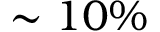
\sim 1 0 \%